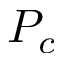
P _ { c }